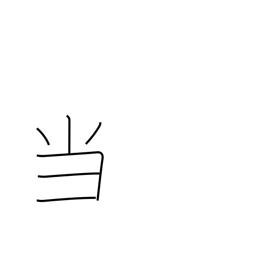
Meaning: hit